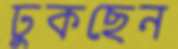
ঢুকছেন